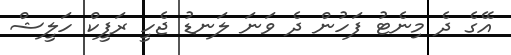
އޭގެ ދެ މިނެޓު ފަހުން ދެ ވަނަ ލަނޑު ޖެހީ ރަފީކް ހަލީޝް